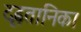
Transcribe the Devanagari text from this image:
दृढ़तानिका